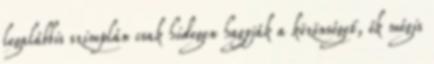
legalábbis szimplán csak hidegen hagyják a közönséget, ők mégis